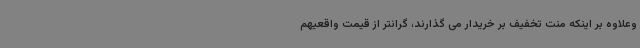
وعلاوه بر اینکه منت تخفیف بر خریدار می گذارند، گرانتر از قیمت واقعیهم